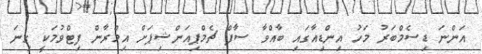
އަންނަ ޑިސެމްބަރު މަހު އިންޑިއާގައި ބާއްވާ ސާފް ޗެމްޕިއަންޝިޕަށް އިމްރާން ފިޓްވުމަކީ ގިނަ